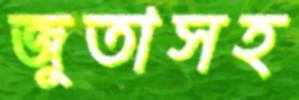
জুতাসহ